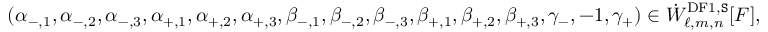
( \alpha _ { - , 1 } , \alpha _ { - , 2 } , \alpha _ { - , 3 } , \alpha _ { + , 1 } , \alpha _ { + , 2 } , \alpha _ { + , 3 } , \beta _ { - , 1 } , \beta _ { - , 2 } , \beta _ { - , 3 } , \beta _ { + , 1 } , \beta _ { + , 2 } , \beta _ { + , 3 } , \gamma _ { - } , - 1 , \gamma _ { + } ) \in \dot { W } _ { \ell , m , n } ^ { \mathrm { D F 1 } , \mathtt { S } } [ F ] ,